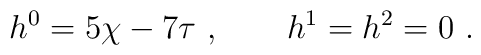
h^0 = 5 \chi - 7 \tau \ ,\qquad  h^1 = h^2 = 0 \ .